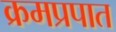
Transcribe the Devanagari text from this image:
क्रमप्रपात